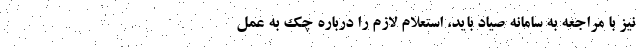
نیز با مراجعه به سامانه صیاد باید، استعلام لازم را درباره چک به عمل